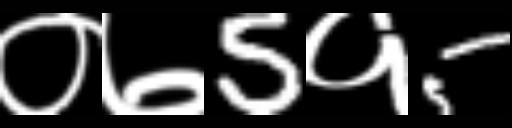
Text: ०७5१5